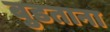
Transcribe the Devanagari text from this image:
बुडताना